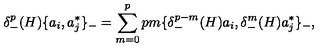
\delta _ { - } ^ { p } ( H ) \{ a _ { i } , a _ { j } ^ { * } \} _ { - } = \sum _ { m = 0 } ^ { p } { \binom { p } { m } } \{ \delta _ { - } ^ { p - m } ( H ) a _ { i } , \delta _ { - } ^ { m } ( H ) a _ { j } ^ { * } \} _ { - } ,